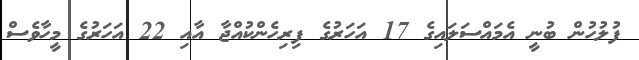
ފުލުހުން ބުނީ އެމައްސަލައިގެ 17 އަހަރުގެ ފިރިހެންކުއްޖާ އާއި 22 އަހަރުގެ މީހާވެސް